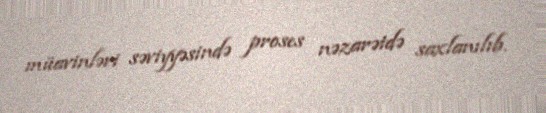
müavinləri səviyyəsində proses nəzarətdə saxlanılıb.